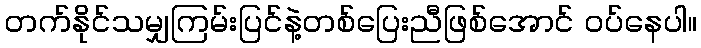
တက်နိုင်သမျှကြမ်းပြင်နဲ့တစ်ပြေးညီဖြစ်အောင် ဝပ်နေပါ။